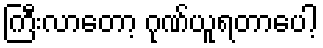
ကြီးလာတော့ ဂုဏ်ယူရတာပေါ့